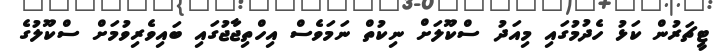
ޓީޗަރުން ކަޅު ހެދުމުގައި މިއަދު ސްކޫލަށް ނިކުތް ނަމަވެސް އިހްތިޖާޖުގައި ބައިވެރިވުމަށް ސްކޫލުގެ